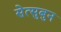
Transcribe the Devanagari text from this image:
सेत्सुबुन